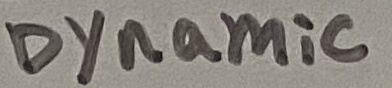
Text: Dynamic